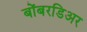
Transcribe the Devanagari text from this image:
बोंबरडिअर